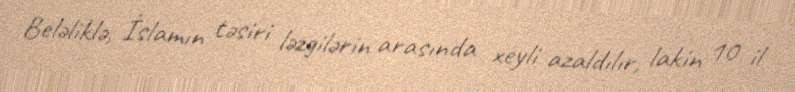
Beləliklə, İslamın təsiri ləzgilərin arasında xeyli azaldılır, lakin 10 il